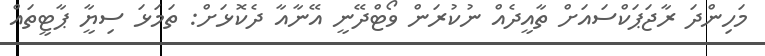
މަހިންދަ ރާޖަޕަކްސައަށް ތާއީދެއް ނުކުރަން ވޯޓްދޭނީ އޭނާއާ ދެކޮޅަށް: ތަމަޅަ ސިޔާީ ޕާޓީތައް